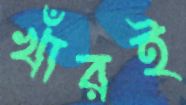
খাঁরই